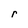
Character: r